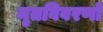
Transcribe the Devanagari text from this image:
मृतविवरणों